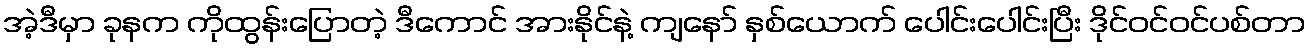
အဲ့ဒီမှာ ခုနက ကိုထွန်းပြောတဲ့ ဒီကောင် အားနိုင်နဲ့ ကျနော် နှစ်ယောက် ပေါင်းပေါင်းပြီး ဒိုင်ဝင်ဝင်ပစ်တာ